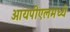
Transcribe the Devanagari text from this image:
आयपीएलमध्ये